Indian journal of veterinary science and animal husbandry - Volumes 18-21, 1948-1951
Year: 1948
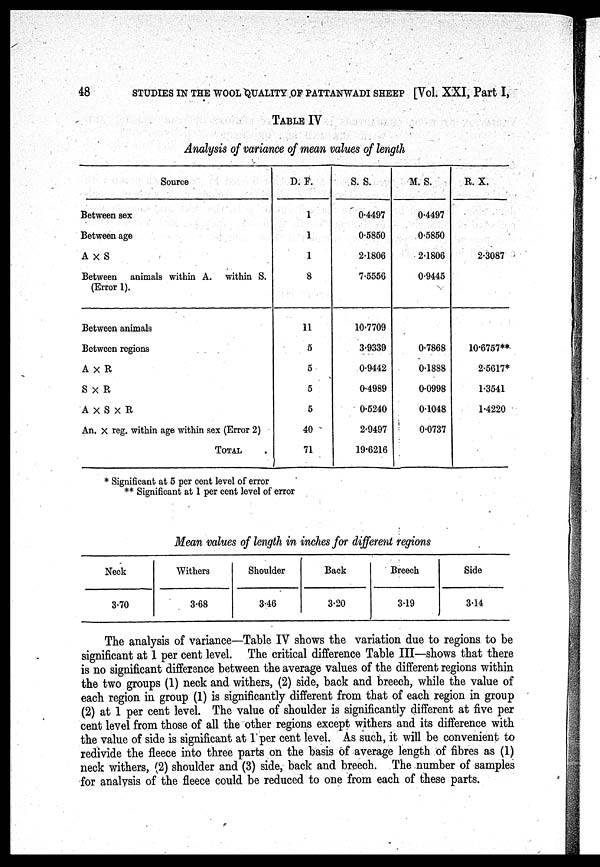
48
STUDIES IN THE WOOL QUALITY OF PATTANWADI SHEEP [Vol. XXI, Part I,
TABLE IV
Analysis of variance of mean values of length
Source
Between sex
Between age
A × S
Between animals within A. within S.
(Error 1).
Between animals
Between regions
A × R
S × R
A × S × R
An. × reg. within age within sex (Error 2)
TOTAL .
D. F.
1
1
1
8
11
5
6
5
5
40
71
S. S.
0.4497
0.5850
2.1806
7.5556
10.7709
3.9339
0.9442
0.4989
0.5240
2.9497
19.6216
M. S.
0.4497
0.5850
2.1806
0.9445
0.7868
0.1888
0.0998
0.1048
0.0737
R. X.
2.3087
10.6757**
2.5617*
1.3541
1.4220
* Significant at 5 per cent level of error
** Significant at 1 per cent level of error
Mean values of length in inches for different regions
Neck
3.70
Withers
3.68
Shoulder
3.46
Back
3.20
Breech
3.19
Side
3.14
The analysis of variance—Table IV shows the variation due to regions to be
significant at 1 per cent level. The critical difference Table III—shows that there
is no significant difference between the average values of the different regions within
the two groups (1) neck and withers, (2) side, back and breech, while the value of
each region in group (1) is significantly different from that of each region in group
(2) at 1 per cent level. The value of shoulder is significantly different at five per
cent level from those of all the other regions except withers and its difference with
the value of side is significant at 1 per cent level. As such, it will be convenient to
redivide the fleece into three parts on the basis of average length of fibres as (1)
neck withers, (2) shoulder and (3) side, back and breech. The number of samples
for analysis of the fleece could be reduced to one from each of these parts.